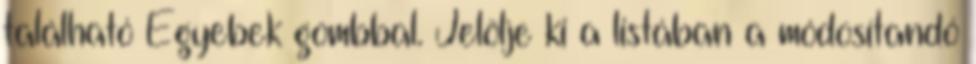
található Egyebek gombbal. Jelölje ki a listában a módosítandó